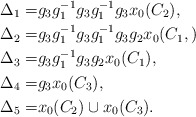
\begin{align*} \Delta_1 =& g_3g_1^{-1}g_3g_1^{-1}g_3x_0(C_2), \\ \Delta_2 =& g_3g_1^{-1}g_3g_1^{-1}g_3g_2x_0(C_1,) \\ \Delta_3 =& g_3g_1^{-1}g_3g_2x_0(C_1), \\ \Delta_4 =& g_3x_0(C_3), \\ \Delta_5 =& x_0(C_2)\cup x_0(C_3).\end{align*}